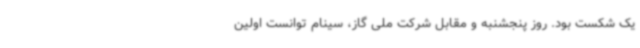
یک شکست بود. روز پنجشنبه و مقابل شرکت ملی گاز، سینام توانست اولین